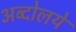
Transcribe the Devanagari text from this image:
अब्दोलये